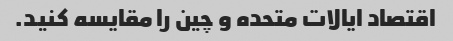
اقتصاد ایالات متحده و چین را مقایسه کنید.